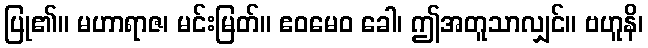
ပြု၏။ မဟာရာဇ၊ မင်းမြတ်။ ဧဝမေဝ ခေါ၊ ဤအတူသာလျှင်။ ဗဟူနိ၊